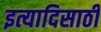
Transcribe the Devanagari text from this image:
इत्यादिसाठी